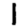
Digit: 1